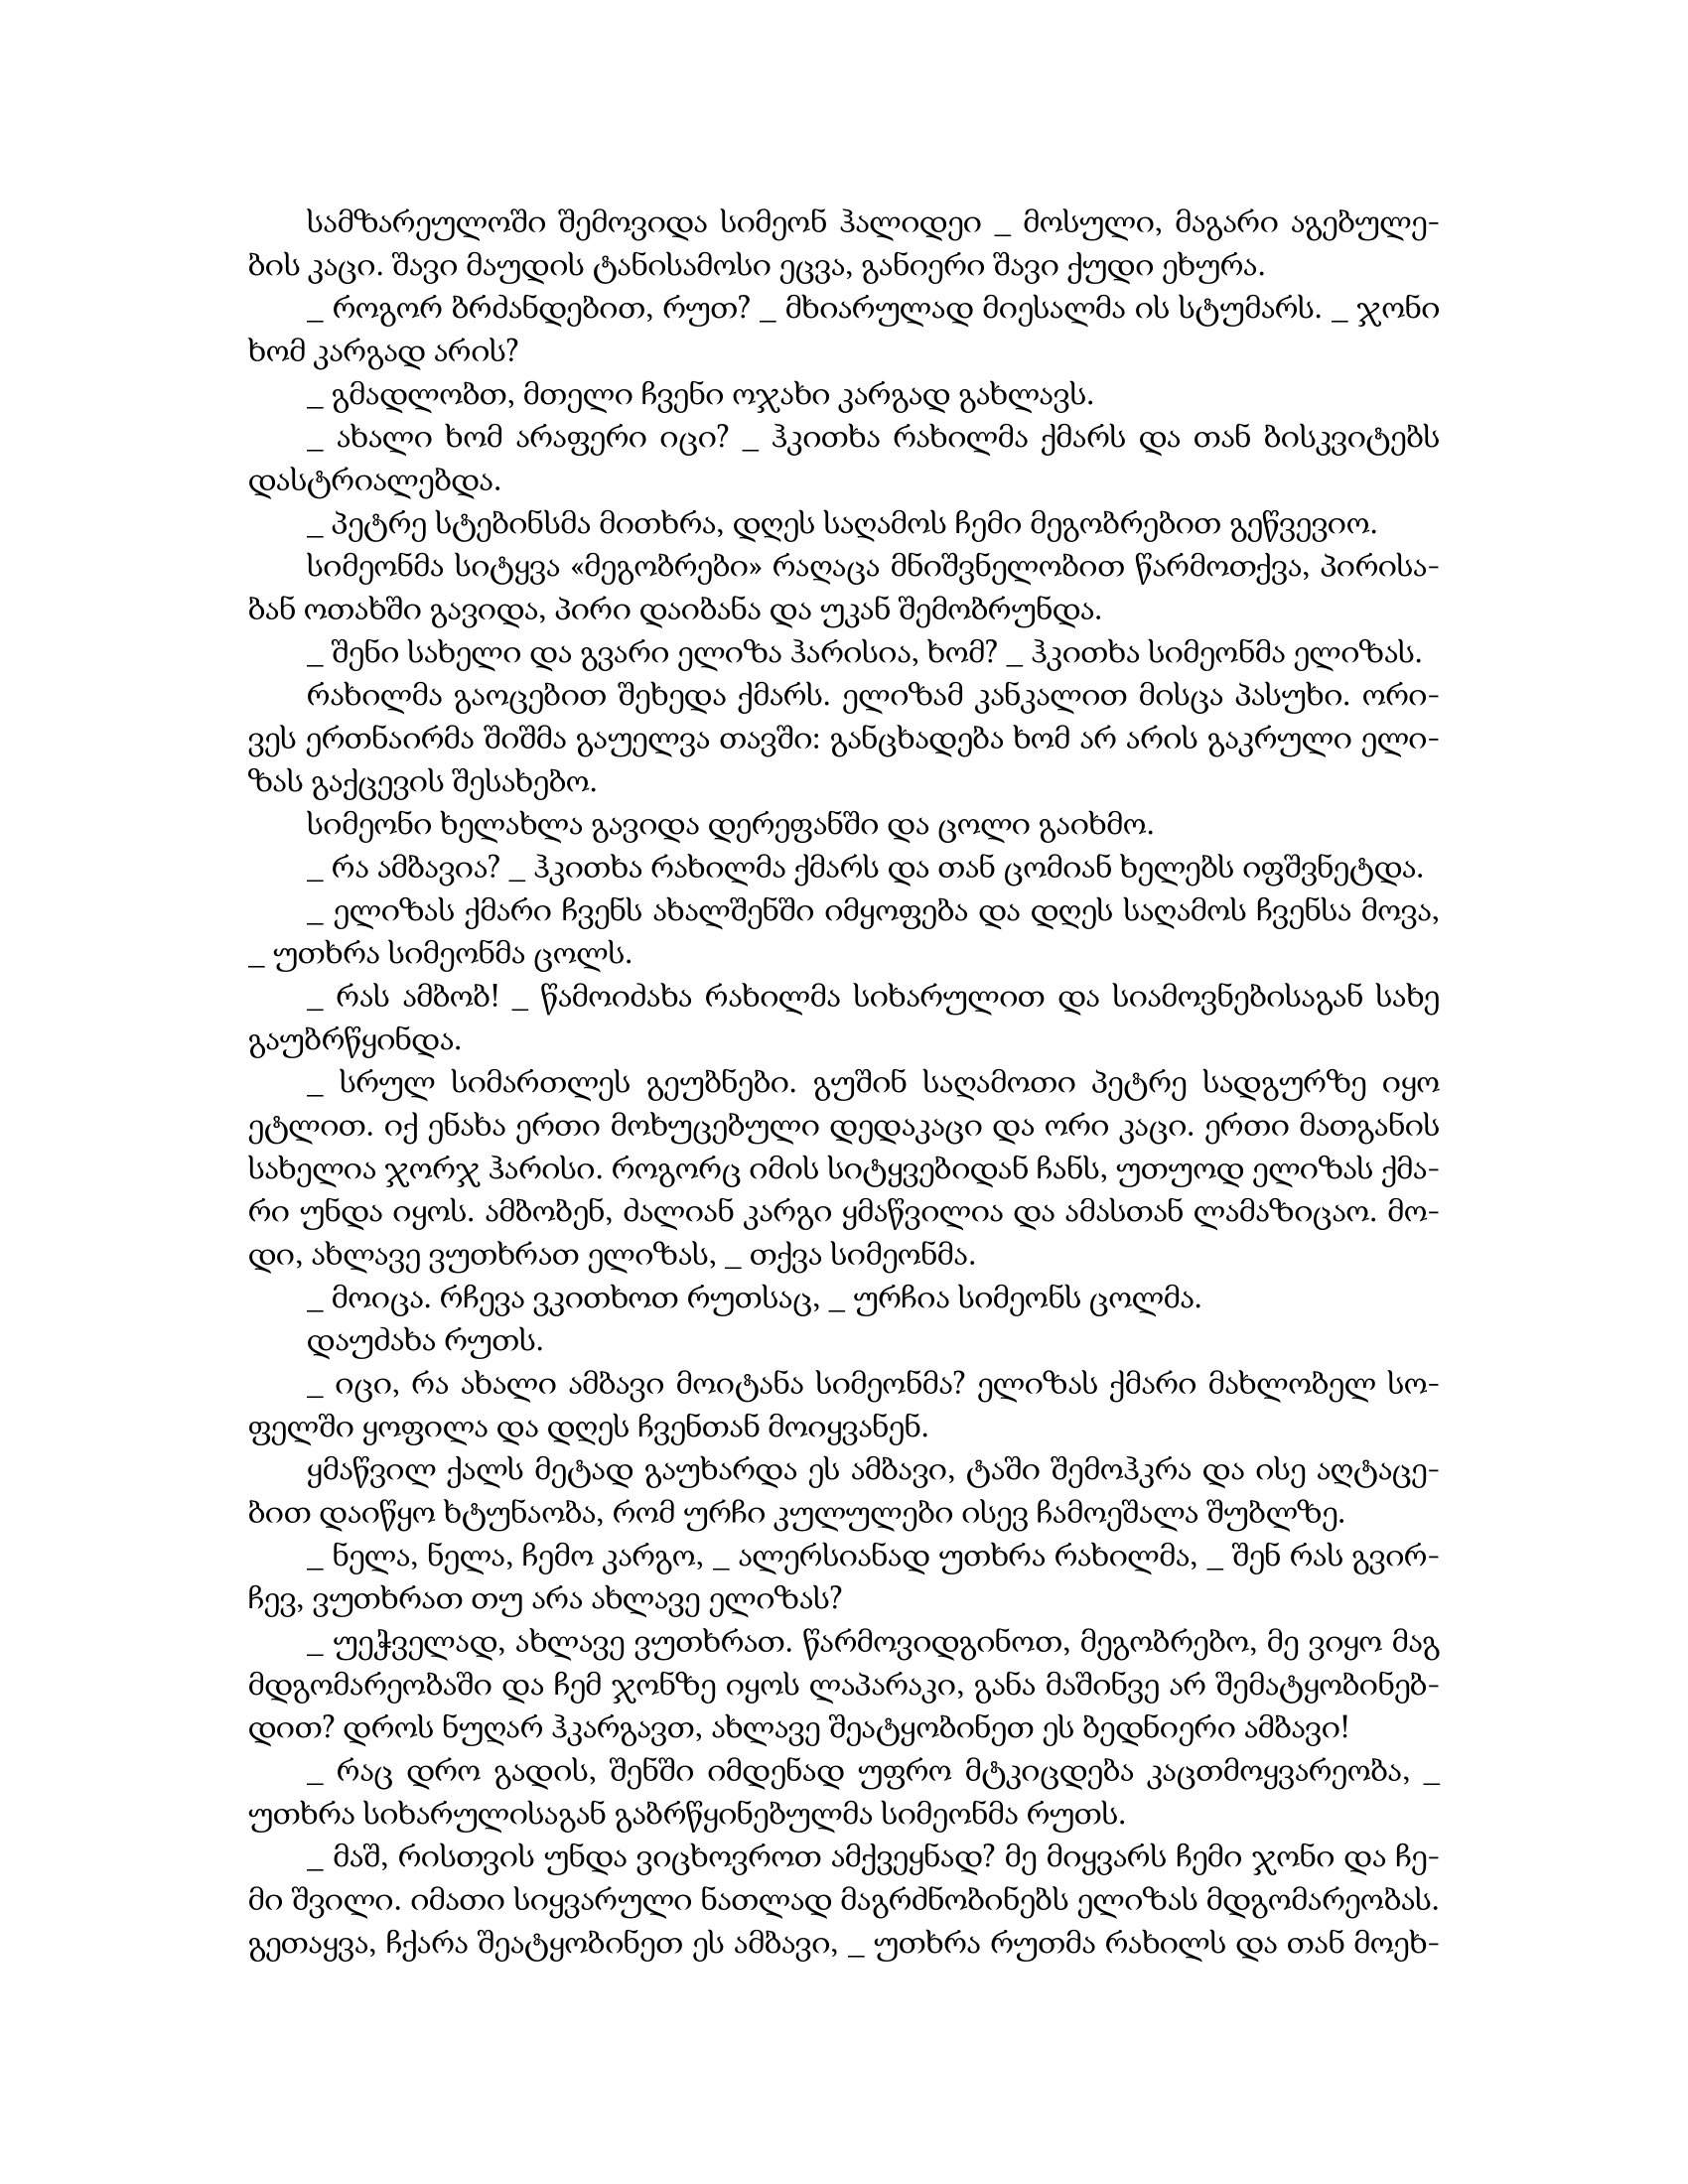
Language: gr